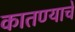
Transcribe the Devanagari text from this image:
कातण्याचे